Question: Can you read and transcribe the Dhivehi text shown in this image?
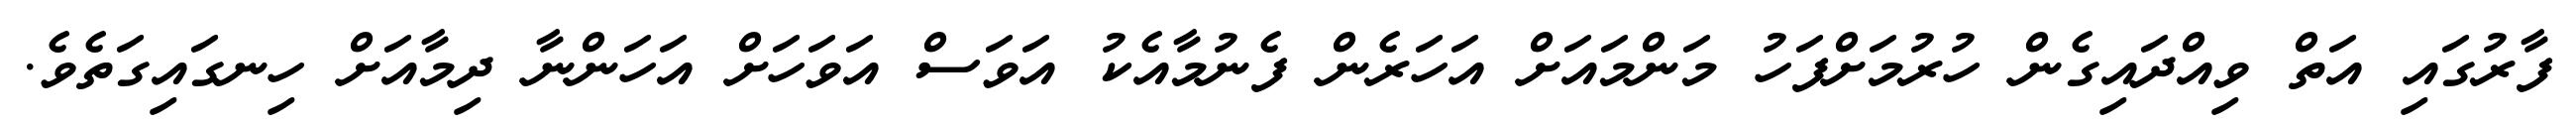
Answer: ފާރުގައި އަތް ވިއްދައިގެން ހުރުމަށްފަހު މަންމައަށް އަހަރެން ފެނުމާއެކު އަވަސް އަވަހަށް އަހަންނާ ދިމާއަށް ހިނގައިގަތެވެ.